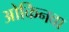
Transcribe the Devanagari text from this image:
ओकिनवा